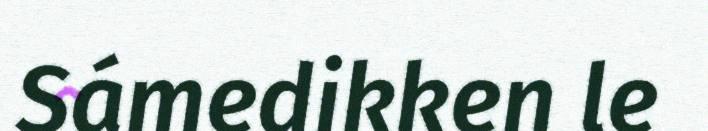
Sámedikken le